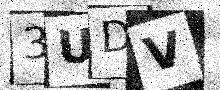
Text: 3UDV